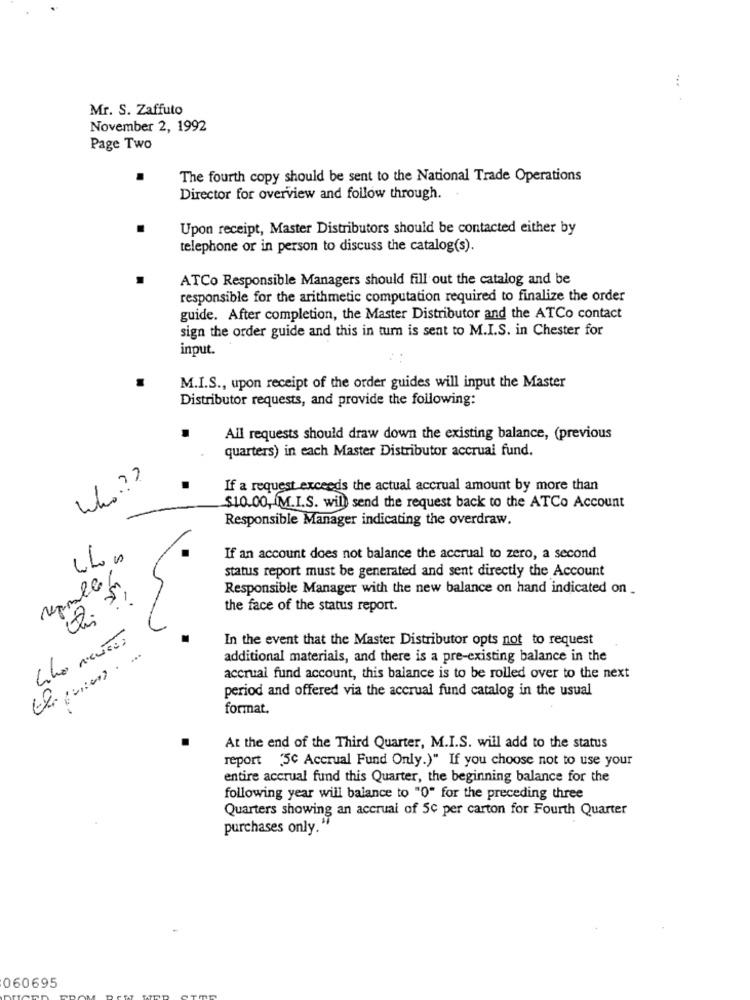
:
Mr. S. Zaffuto
November 2, 1992
Page Two
The fourth copy should be sent to the National Trade Operations
Director for overview and follow through.
Upon receipt, Master Distributors should be contacted either by
telephone or in person to discuss the catalog(s).
ATCo Responsible Managers should fill out the catalog and be
responsible for the arithmetic computation required to finalize the order
guide. After completion, the Master Distributor and the ATCo contact
sign the order guide and this in turn is sent to M.I.S. in Chester for
input.
M.I.S ., upon receipt of the order guides will input the Master
Distributor requests, and provide the following:
All requests should draw down the existing balance, (previous
quarters) in each Master Distributor accrual fund.
If a request exceeds the actual accrual amount by more than
$10.00, M.I.S. will send the request back to the ATCo Account
Responsible Manager indicating the overdraw.
If an account does not balance the accrual to zero, a second
status report must be generated and sent directly the Account
regale
Responsible Manager with the new balance on hand indicated on
the face of the status report.
In the event that the Master Distributor opts not to request
additional materials, and there is a pre-existing balance in the
accrual fund account, this balance is to be rolled over to the next
period and offered via the accrual fund catalog in the usual
format.
At the end of the Third Quarter, M.I.S. will add to the status
report "5℃ Accrual Fund Only.)" If you choose not to use your
entire accrual fund this Quarter, the beginning balance for the
following year will balance to "O" for the preceding three
Quarters showing an accrual of 5c per carton for Fourth Quarter
purchases only."
060695